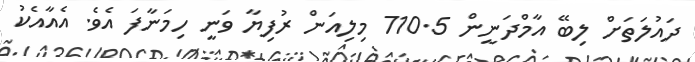
ދައުލަތަށް ލިބޭ އާމްދަނީން 710.5 މިލިއަން ރުފިޔާ ވަނީ ހިމަނާފަ އެވެ. އެއާއެކު